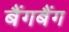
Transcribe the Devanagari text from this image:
बैंगबैंग